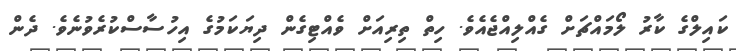
ކައިލްގެ ކާރު ލޯމައްޗަށް ގެއްލިއްޖެއެވެ. ހިތް ތިރިއަށް ވެއްޓިގެން ދިޔަކަމުގެ އިހުސާސްކުރެވުނެވެ. ދެން